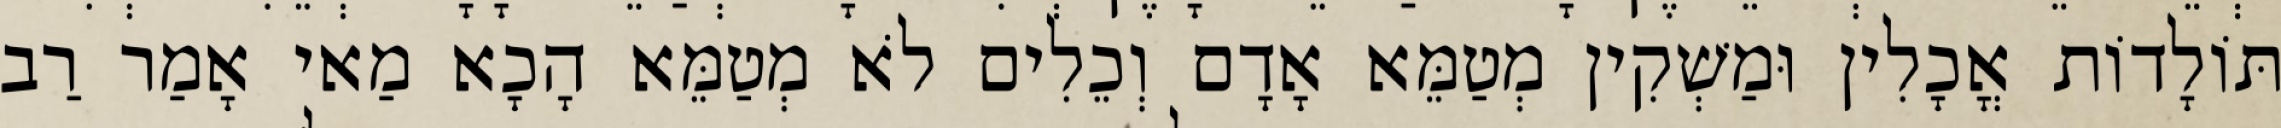
תּוֹלָדוֹת אֳכָלִין וּמַשְׁקִין מְטַמֵּא אָדָם וְכֵלִים לֹא מְטַמֵּא הָכָא מַאי אָמַר רַב